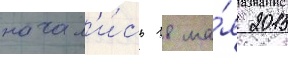
начал'и́сь 18 ма́я 2015